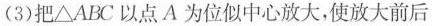
(3)把△ABC以点A为位似中心放大，使放大前后